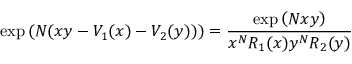
\exp \left( N ( x y - V _ { 1 } ( x ) - V _ { 2 } ( y ) ) \right) = \frac { \exp \left( N x y \right) } { x ^ { N } R _ { 1 } ( x ) y ^ { N } R _ { 2 } ( y ) }